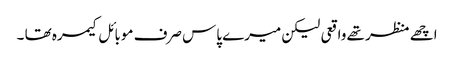
اچھے منظر تھے واقعی لیکن میرے پاس صرف موبائل کیمرہ تھا ۔